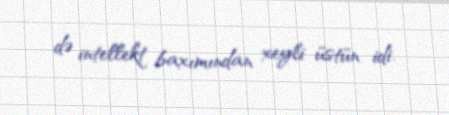
də intellekt baxımından xeyli üstün idi.